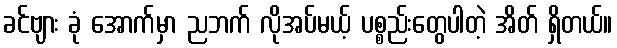
ခင်ဗျား ခုံ အောက်မှာ ညဘက် လိုအပ်မယ့် ပစ္စည်းတွေပါတဲ့ အိတ် ရှိတယ်။